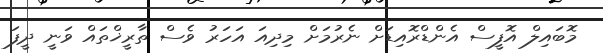
މޮބައިލް އޮފީސް އެންޑްރޮއިޑަށް ނެރުމަށް މިދިއަ އަހަރު ވެސް ތާރީޚްތައް ވަނީ ދީފަ